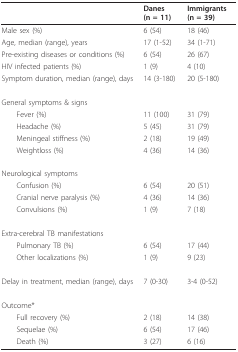
|  | Danes (n = 11) | Immigrants (n = 39) |
 | --- | --- | --- |
 | Male sex (%) | 6 (54) | 18 (46) |
 | Age, median (range), years | 17 (1-52) | 34 (1-71) |
 | Pre-existing diseases or conditions (%) | 6 (54) | 26 (67) |
 | HIV infected patients (%) | 1 (9) | 4 (10) |
 | Symptom duration, median (range), days | 14 (3-180) | 20 (5-180) |
 | General symptoms & signs |  |  |
 | Fever (%) | 11 (100) | 31 (79) |
 | Headache (%) | 5 (45) | 31 (79) |
 | Meningeal stiffness (%) | 2 (18) | 19 (49) |
 | Weightloss (%) | 4 (36) | 14 (36) |
 | Neurological symptoms |  |  |
 | Confusion (%) | 6 (54) | 20 (51) |
 | Cranial nerve paralysis (%) | 4 (36) | 14 (36) |
 | Convulsions (%) | 1 (9) | 7 (18) |
 | Extra-cerebral TB manifestations |  |  |
 | Pulmonary TB (%) | 6 (54) | 17 (44) |
 | Other localizations (%) | 1 (9) | 9 (23) |
 | Delay in treatment, median (range), days | 7 (0-30) | 3-4 (0-52) |
 | Outcome* |  |  |
 | Full recovery (%) | 2 (18) | 14 (38) |
 | Sequelae (%) | 6 (54) | 17 (46) |
 | Death (%) | 3 (27) | 6 (16) |